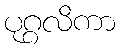
ပုဂ္ဂလိကာ